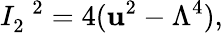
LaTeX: I_{2}^{\; \; 2}=4(\mathbf{u}^{2}-\Lambda^{4}),